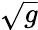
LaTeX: \sqrt{g}